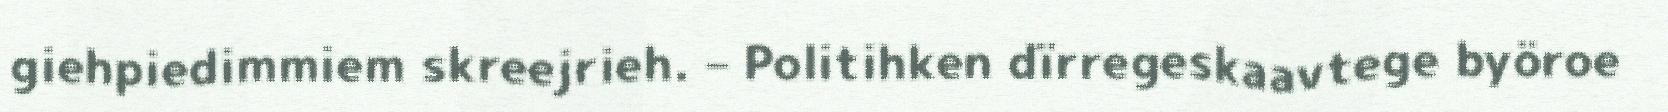
giehpiedimmiem skreejrieh. – Politihken dïrregeskaavtege byöroe